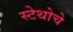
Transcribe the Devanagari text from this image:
स्टेथोचे